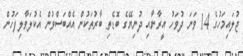
ޖުލައިމަހުގެ 14 ވަނަ ދުވަހު އީރާނާއި ދުނިޔޭގެ ބޮޑެތި ބާރުތަކުން އެއްބަސްވުން އެކުލަވާލިފަހުން